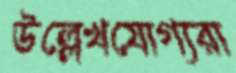
উল্লেখযোগ্যরা